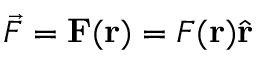
{ \vec { F } } = \mathbf { F } ( \mathbf { r } ) = F ( \mathbf { r } ) { \hat { \mathbf { r } } }